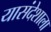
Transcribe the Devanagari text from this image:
यासंदेशाला